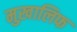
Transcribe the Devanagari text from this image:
मुख़ालिफ